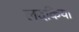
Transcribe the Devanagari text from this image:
लदकिया